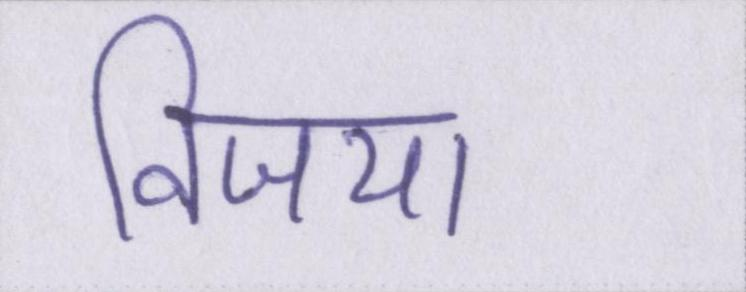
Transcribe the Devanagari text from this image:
विजया